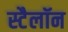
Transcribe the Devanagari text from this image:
स्टैलॉन